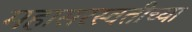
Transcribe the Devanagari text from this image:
महासरस्वतीच्या